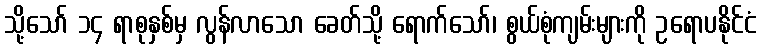
သို့သော် ၁၄ ရာစုနှစ်မှ လွန်လာသော ခေတ်သို့ ရောက်သော်၊ စွယ်စုံကျမ်းများကို ဥရောပနိုင်ငံ